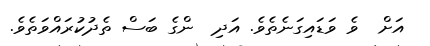
އަށް  ވެ ވަޑައިގަނެތެވެ. އަދި  ންގެ ބަސް ތެދުކުރައްވަތެވެ.